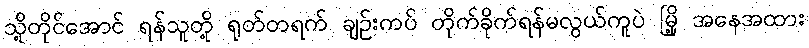
သို့တိုင်အောင် ရန်သူတို့ ရုတ်တရက် ချဉ်းကပ် တိုက်ခိုက်ရန်မလွယ်ကူပဲ မြို့ အနေအထား